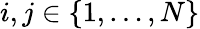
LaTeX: i,j\in\{ 1,\dots,N\}